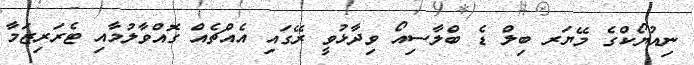
ނިއުޔޯކްގެ މޭޔަރ ބިލް ޑެ ބްލާސިއޯ ވިދާޅުވީ ރޭގައި އެއްޗެއް ގޮއްވާލުމާއި ޓެރަރިޒަމާ